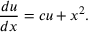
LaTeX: { \frac { d u } { d x } } = c u + x ^ { 2 } .